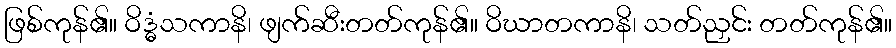
ဖြစ်ကုန်၏။ ဝိဒ္ဓံသကာနိ၊ ဖျက်ဆီးတတ်ကုန်၏။ ဝိဃာတကာနိ၊ သတ်ညှင်း တတ်ကုန်၏။